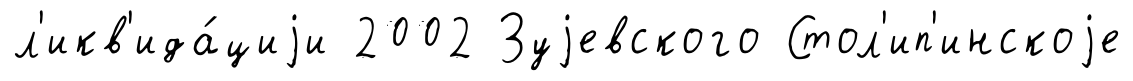
л'икв'ида́циjи 2002 Зуjевского Стол'ип'инскоjе